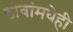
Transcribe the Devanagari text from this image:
डावांमधेही